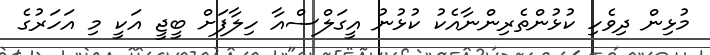
މުޅިން ދިވެހި ކުޅުންތެރިންނާއެކު ކުޅުނު އީގަލްސްއާ ހިލާފަށް ބީޖީ އަކީ މި އަހަރުގެ